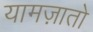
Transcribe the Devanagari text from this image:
यामज़ातो